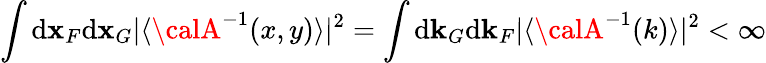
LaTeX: \int\mathrm{d}{\mathbf{x}}_{F}\mathrm{d}{\mathbf{x}}_{G}\vert\langle{\calA}^{-1}(x,y)\rangle\vert^{2}=\int\mathrm{d}{\mathbf{k}}_{G}\mathrm{d}{\mathbf{k}}_{F}\vert\langle{\calA}^{-1}(k)\rangle\vert^{2}<\infty